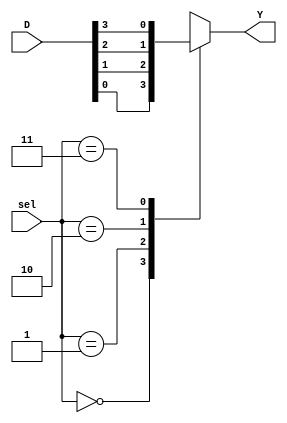
module mux4_1_behavioral(
  output reg Y,
  input [3:0] D,
  input [1:0] sel
  );
  always @(*) begin
    case(sel)
      2'b00: Y <= D[0];
      2'b01: Y <= D[1];
      2'b10: Y <= D[2];
      2'b11: Y <= D[3];
    endcase
  end
endmodule